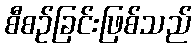
စီစဉ်ခြင်းဖြစ်သည်